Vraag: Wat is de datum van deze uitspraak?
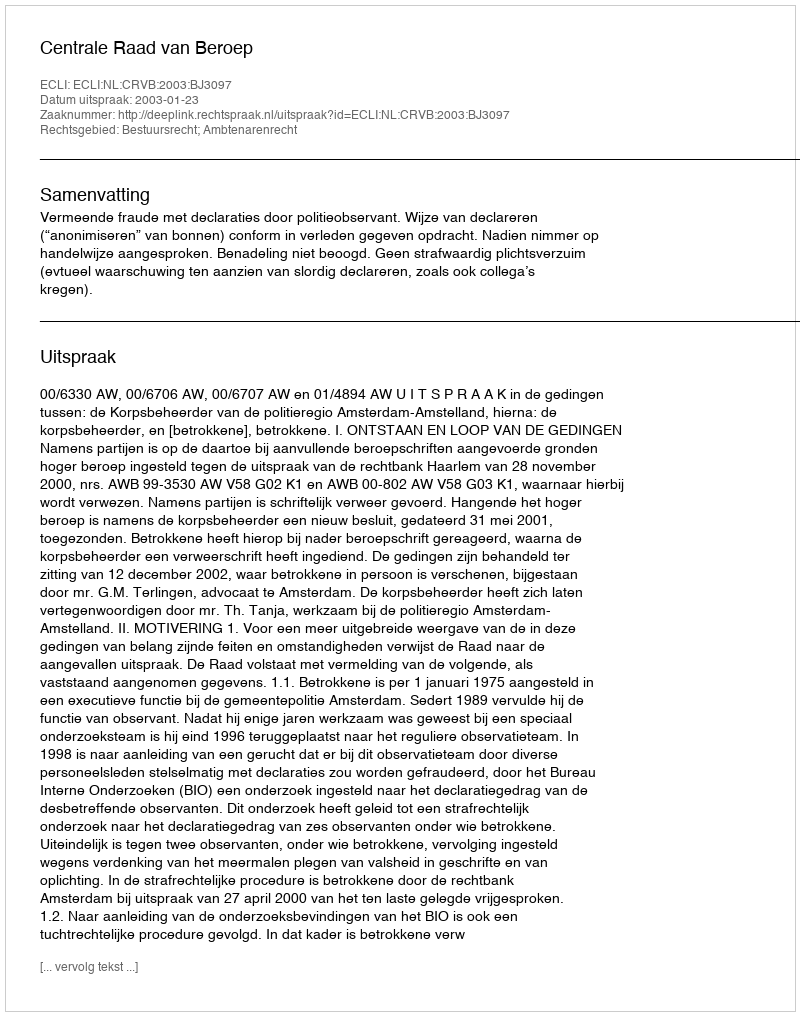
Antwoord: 2003-01-23